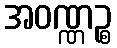
အဝဏ္ဏဉ္စ